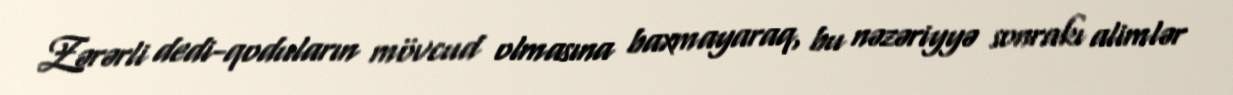
Zərərli dedi-qoduların mövcud olmasına baxmayaraq, bu nəzəriyyə sonrakı alimlər